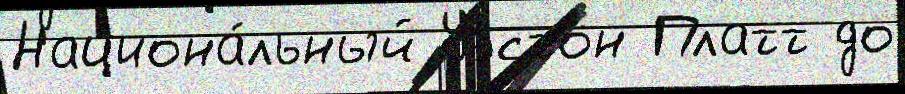
Национа́льный Уэстон Платт до